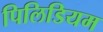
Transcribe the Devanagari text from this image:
पिलिडियम